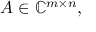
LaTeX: A \in \mathbb { C } ^ { m \times n } ,